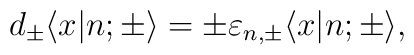
d_{\pm} \langle x|n;{\pm} \rangle = \pm \varepsilon_{n,{\pm }}\langle x|n;{\pm } \rangle ,